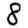
Digit: 8